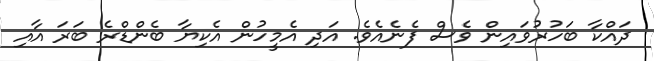
ދައްކާ ބަހުރުވައިން ވެސް ފެނެއެވެ. އަދި އެމީހުން އެކިޔާ ބެންޑްރެ ބަރަ އާއި